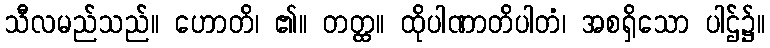
သီလမည်သည်။ ဟောတိ၊ ၏။ တတ္ထ။ ထိုပါဏာတိပါတံ၊ အစရှိသော ပါဌ်၌။